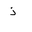
Letter: _thal